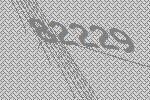
82229